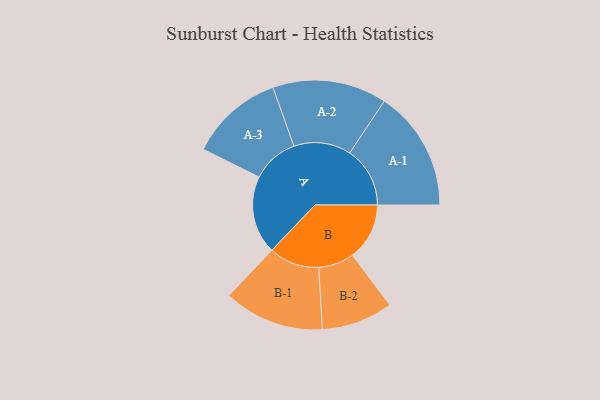
{"axis": {"x": "Segment", "y": "Value"}, "legend": ["", "A", "B"], "data": [{"x": "A", "y": 378, "type": ""}, {"x": "B", "y": 276, "type": ""}, {"x": "A-1", "y": 292, "type": "A"}, {"x": "A-2", "y": 277, "type": "A"}, {"x": "A-3", "y": 227, "type": "A"}, {"x": "B-1", "y": 244, "type": "B"}, {"x": "B-2", "y": 173, "type": "B"}]}